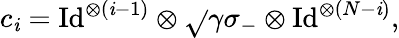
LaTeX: {c}_{\mathit{i}}=\mathrm{{Id}}^{\otimes(\mathit{i}-1)}\otimes\sqrt{}{{\gamma}}\sigma_{-}\otimes\mathrm{{Id}}^{\otimes(N-\mathit{i})},